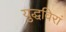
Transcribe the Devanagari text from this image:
युद्धविरां